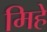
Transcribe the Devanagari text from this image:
मिहे